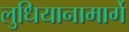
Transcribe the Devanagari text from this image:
लुधियानामार्गे